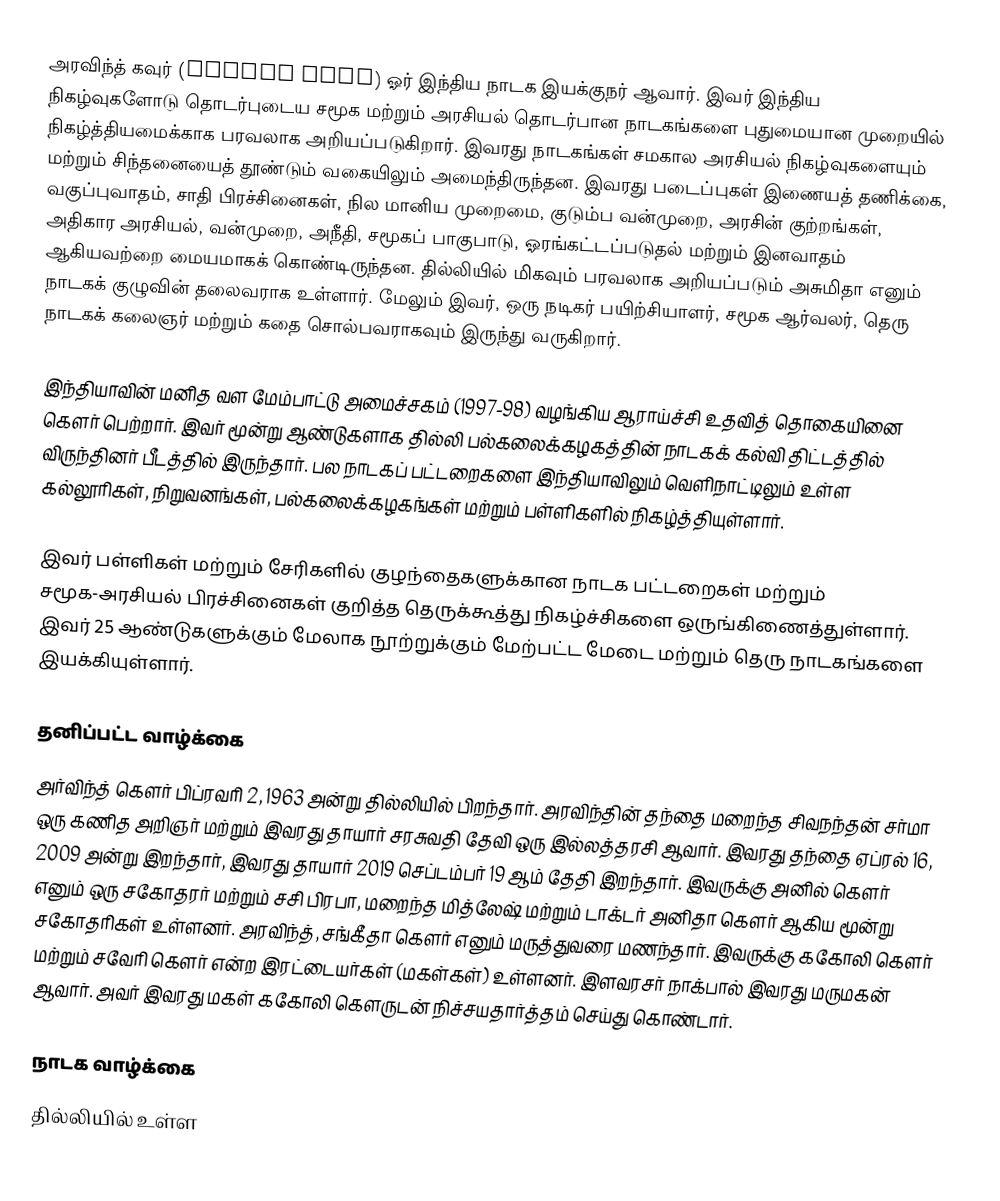
அரவிந்த் கவுர் (Arvind Gaur) ஓர் இந்திய நாடக இயக்குநர் ஆவார். இவர் இந்திய நிகழ்வுகளோடு தொடர்புடைய சமூக மற்றும் அரசியல் தொடர்பான நாடகங்களை புதுமையான முறையில் நிகழ்த்தியமைக்காக பரவலாக அறியப்படுகிறார். இவரது நாடகங்கள் சமகால அரசியல் நிகழ்வுகளையும் மற்றும் சிந்தனையைத் தூண்டும் வகையிலும் அமைந்திருந்தன. இவரது படைப்புகள் இணையத் தணிக்கை, வகுப்புவாதம், சாதி பிரச்சினைகள், நில மானிய முறைமை, குடும்ப வன்முறை, அரசின் குற்றங்கள், அதிகார அரசியல், வன்முறை, அநீதி, சமூகப் பாகுபாடு, ஓரங்கட்டப்படுதல் மற்றும் இனவாதம் ஆகியவற்றை மையமாகக் கொண்டிருந்தன. தில்லியில் மிகவும் பரவலாக அறியப்படும் அசுமிதா எனும் நாடகக் குழுவின் தலைவராக உள்ளார். மேலும் இவர், ஒரு நடிகர் பயிற்சியாளர், சமூக ஆர்வலர், தெரு நாடகக் கலைஞர் மற்றும் கதை சொல்பவராகவும் இருந்து வருகிறார்.

இந்தியாவின் மனித வள மேம்பாட்டு அமைச்சகம் (1997-98) வழங்கிய ஆராய்ச்சி உதவித் தொகையினை கௌர் பெற்றார். இவர் மூன்று ஆண்டுகளாக தில்லி பல்கலைக்கழகத்தின் நாடகக் கல்வி திட்டத்தில் விருந்தினர் பீடத்தில் இருந்தார். பல நாடகப் பட்டறைகளை இந்தியாவிலும் வெளிநாட்டிலும் உள்ள கல்லூரிகள், நிறுவனங்கள், பல்கலைக்கழகங்கள் மற்றும் பள்ளிகளில் நிகழ்த்தியுள்ளார்.

இவர் பள்ளிகள் மற்றும் சேரிகளில் குழந்தைகளுக்கான நாடக பட்டறைகள்  மற்றும் சமூக-அரசியல் பிரச்சினைகள் குறித்த தெருக்கூத்து நிகழ்ச்சிகளை ஒருங்கிணைத்துள்ளார். இவர் 25 ஆண்டுகளுக்கும் மேலாக நூற்றுக்கும் மேற்பட்ட மேடை மற்றும் தெரு நாடகங்களை இயக்கியுள்ளார்.

தனிப்பட்ட வாழ்க்கை
அர்விந்த் கௌர் பிப்ரவரி 2, 1963 அன்று தில்லியில் பிறந்தார். அரவிந்தின் தந்தை மறைந்த சிவநந்தன் சர்மா ஒரு கணித அறிஞர் மற்றும் இவரது தாயார் சரசுவதி தேவி ஒரு இல்லத்தரசி ஆவார். இவரது தந்தை ஏப்ரல் 16, 2009 அன்று இறந்தார், இவரது தாயார் 2019 செப்டம்பர் 19 ஆம் தேதி இறந்தார். இவருக்கு அனில் கௌர் எனும் ஒரு சகோதரர் மற்றும் சசி பிரபா, மறைந்த மித்லேஷ் மற்றும் டாக்டர் அனிதா கௌர் ஆகிய மூன்று சகோதரிகள் உள்ளனர். அரவிந்த், சங்கீதா கௌர் எனும் மருத்துவரை மணந்தார். இவருக்கு ககோலி கௌர் மற்றும் சவேரி கௌர் என்ற இரட்டையர்கள் (மகள்கள்) உள்ளனர். இளவரசர் நாக்பால் இவரது மருமகன் ஆவார். அவர் இவரது மகள் ககோலி கௌருடன் நிச்சயதார்த்தம் செய்து கொண்டார்.

நாடக வாழ்க்கை
தில்லியில் உள்ள